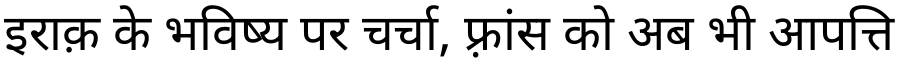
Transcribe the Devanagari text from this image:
इराक़ के भविष्य पर चर्चा, फ़्रांस को अब भी आपत्ति